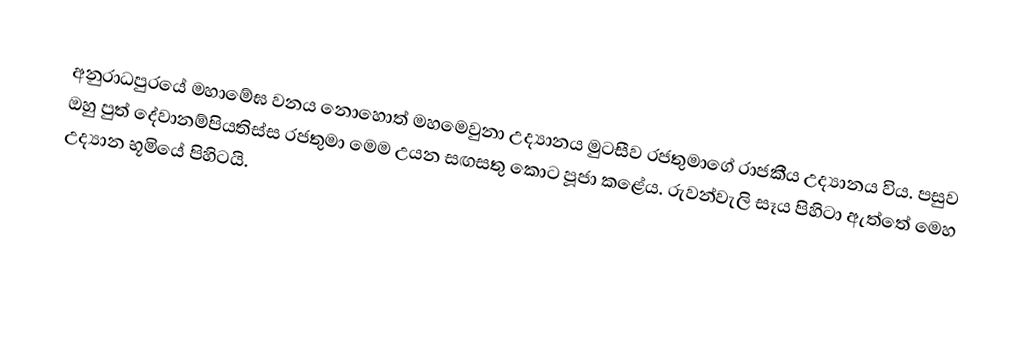
අනුරාධපුරයේ මහාමේඝ වනය නොහොත් මහමෙවුනා උද්‍යානය මුටසීව රජතුමාගේ රාජකීය උද්‍යානය විය. පසුව ඔහු පුත් දේවානම්පියතිස්ස රජතුමා මෙම උයන සඟසතු කොට පූජා කළේය. රුවන්වැලි සෑය පිහිටා ඇත්තේ මෙහ උද්‍යාන භූමියේ පිහිටයි.